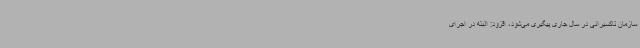
سازمان تاکسیرانی در سال جاری پیگیری می‌شود، افزود: البته در اجرای